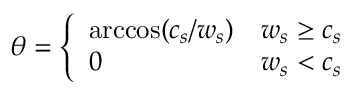
\theta = \left\{ \begin{array} { l l } { \operatorname { a r c c o s } ( c _ { s } / w _ { s } ) } & { w _ { s } \ge c _ { s } } \\ { 0 } & { w _ { s } < c _ { s } } \end{array} \right.